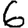
Digit: 6